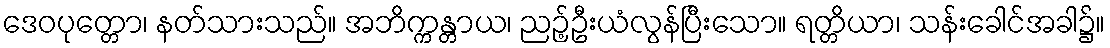
ဒေဝပုတ္တော၊ နတ်သားသည်။ အဘိက္ကန္တာယ၊ ညဉ့်ဦးယံလွန်ပြီးသော။ ရတ္တိယာ၊ သန်းခေါင်အခါ၌။